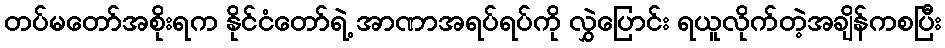
တပ်မတော်အစိုးရက နိုင်ငံတော်ရဲ့ အာဏာအရပ်ရပ်ကို လွှဲပြောင်း ရယူလိုက်တဲ့အချိန်ကစပြီး